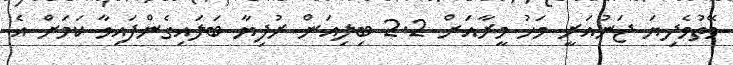
ވޭތުވެދިޔަ ޖަނުއަރީ މަހު މީރާއަށް 2.2 ބިލިއަން ރުފިޔާ ބަލައިގެންފައިވާ ކަމަށް އެ